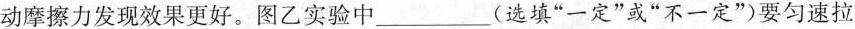
动摩擦力发现效果更好。图乙实验中___(选填”一定”或”不一定”)要匀速拉